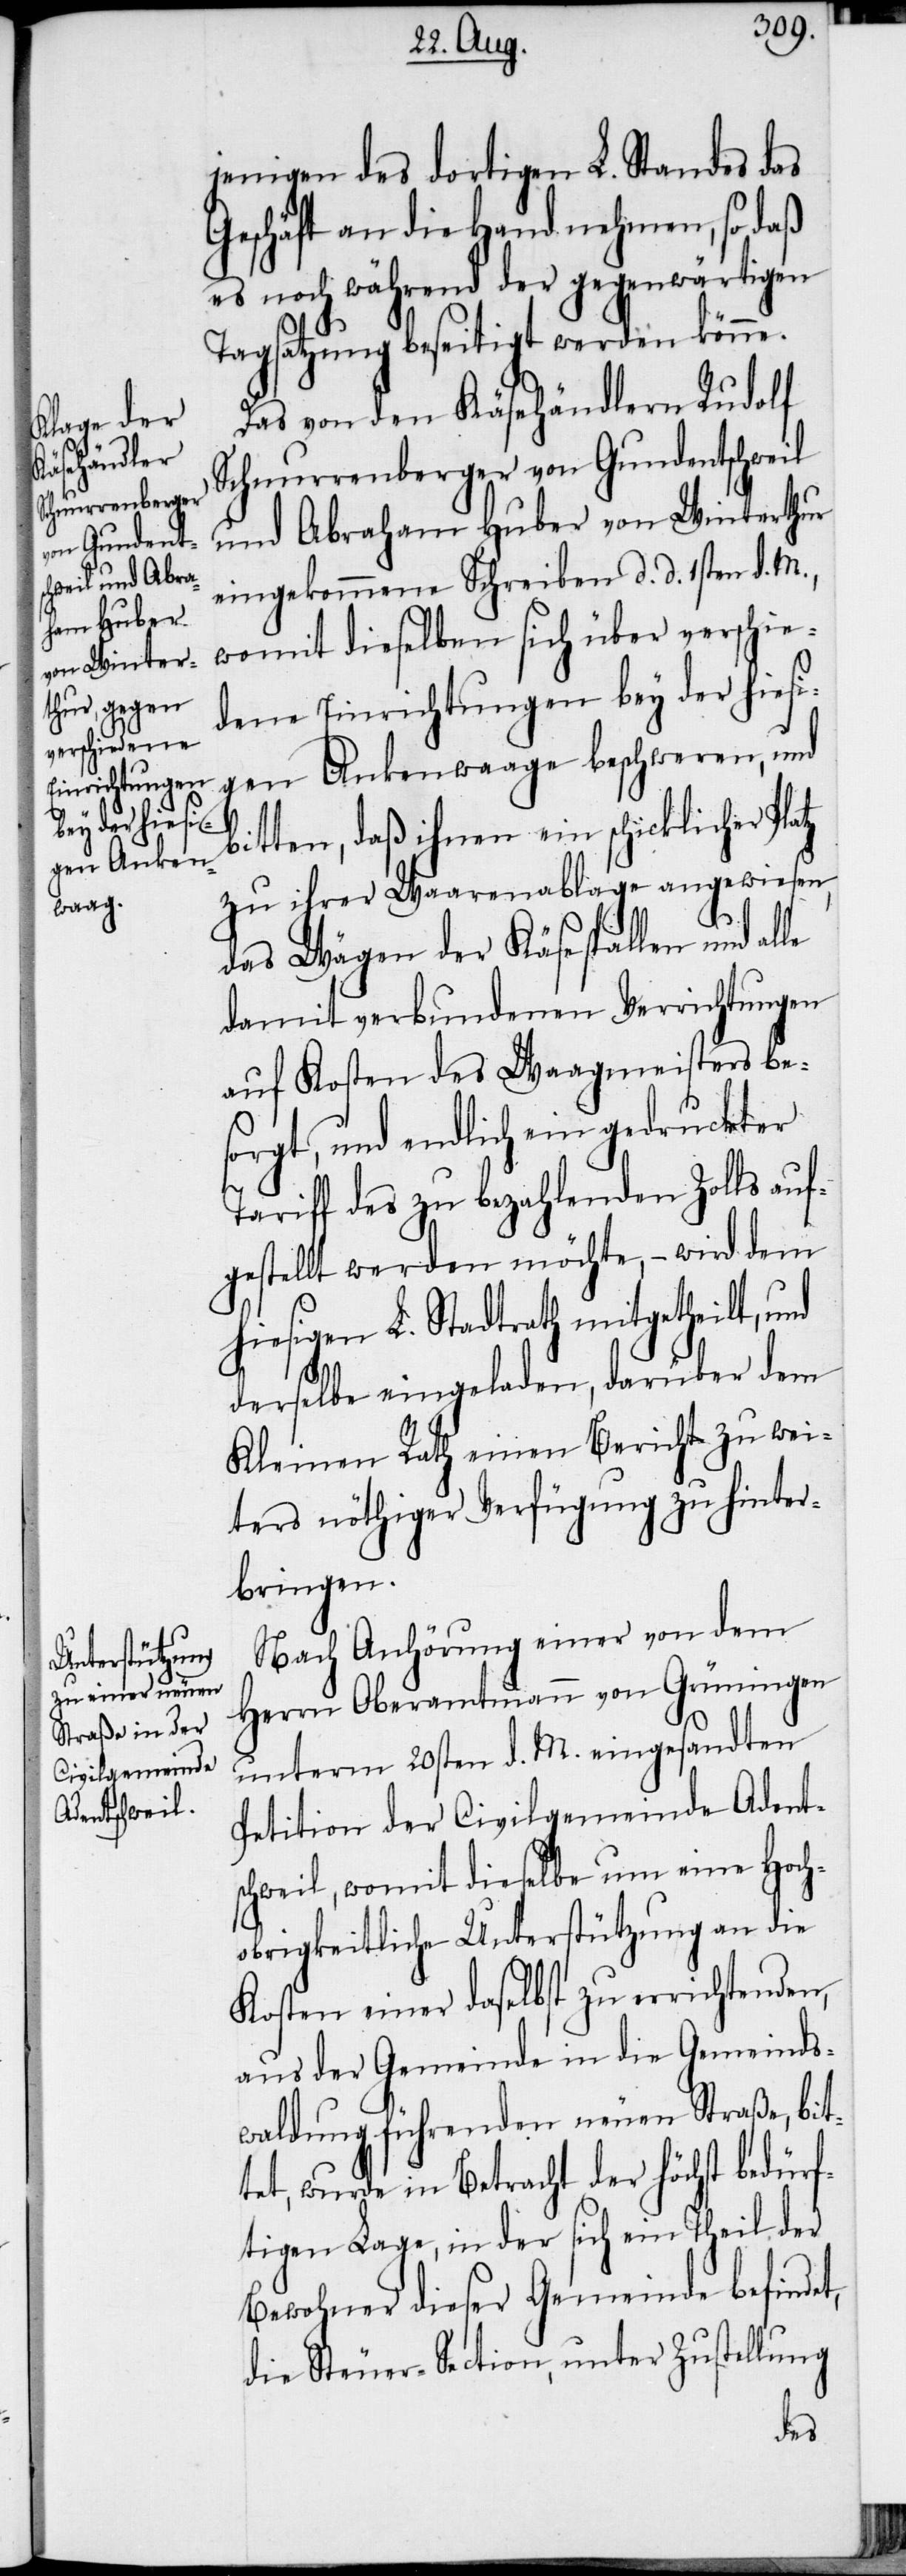
jenigen des dortigen L. Standes das
Geschäft an die Hand nehmen, so daß
es noch während der gegenwärtigen
Tagsatzung beseitigt werden könne.
Das von den Käsehändlern Rudolf
Schnurrenberger von Gundentschweil
und Abraham Huber von Winterthur
eingekommene Schreiben d. d. 1sten d. M.,
womit dieselben sich über verschie¬
dene Einrichtungen bey der hiesi¬
gen Ankenwaage beschweren, und
bitten, daß ihnen ein schicklicher Pla¬
zu ihrer Waarenablage angewiesen,
das Wägen der Käsespallen und alle
damit verbundenen Verrichtungen
auf Kosten des Waagmeisters be¬
sorgt, und endlich ein gedruckter
Tariff des zu bezahlenden Zolls auf¬
gestellt werden möchte, − wird dem
hiesigen L. Stadtrath mitgetheilt,
tz
derselbe eingeladen, darüber dem
Kleinen Rath einen Bericht zu wei¬
ters nöthiger Verfügung zu hinter¬
bringen.
Nach Anhörung einer von dem
Herrn Oberamtmann von Grüningen
unterm 20sten d. M. eingesandten
Petition der Civilgemeinde Adent¬
schweil, womit dieselbe um eine Hoch¬
obrigkeitliche Unterstützung an die
Kosten einer daselbst zu errichtenden,
aus der Gemeinde in die Gemeinds¬
waldung führenden neuen Straße, bit¬
tet, wurde in Betracht der höchst bedürf¬
tigen Lage, in der sich ein Theil der
Bewohner dieser Gemeinde befindet,
die Steuer-Section, unter Zustellung